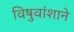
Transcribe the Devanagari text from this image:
विषुवांशाने